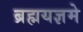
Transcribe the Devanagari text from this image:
ब्रह्मयज्ञमे